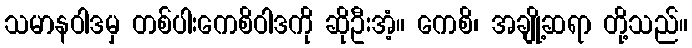
သမာနဝါဒမှ တစ်ပါးကေစိဝါဒကို ဆိုဦးအံ့။ ကေစိ၊ အချို့ဆရာ တို့သည်။